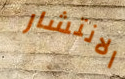
الانتشار